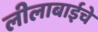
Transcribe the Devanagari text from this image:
लीलाबाईचे